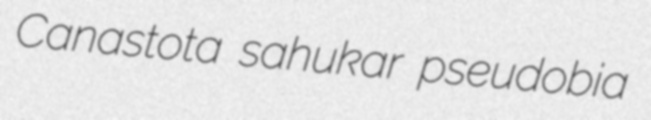
Canastota sahukar pseudobia